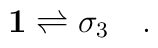
\mathbf{1}\rightleftharpoons \sigma _{3}\quad .